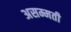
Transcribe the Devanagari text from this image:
असम्मती